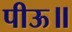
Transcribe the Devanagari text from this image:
पीऊ॥